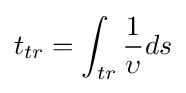
t_{tr}=\int _{tr}^{}{\frac {1}{\upsilon }}ds